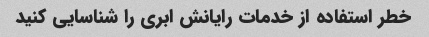
خطر استفاده از خدمات رایانش ابری را شناسایی کنید